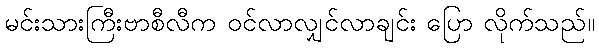
မင်းသားကြီးဗာစီလီက ဝင်လာလျှင်လာချင်း ပြော လိုက်သည်။